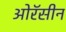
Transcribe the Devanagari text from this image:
ओरॅसीन